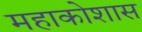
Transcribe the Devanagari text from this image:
महाकोशास